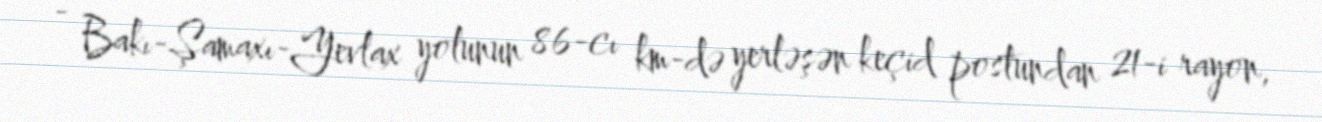
- Bakı-Şamaxı-Yevlax yolunun 86-cı km-də yerləşən keçid postundan 21-i rayon,